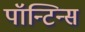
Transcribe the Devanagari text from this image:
पॉन्टिन्स